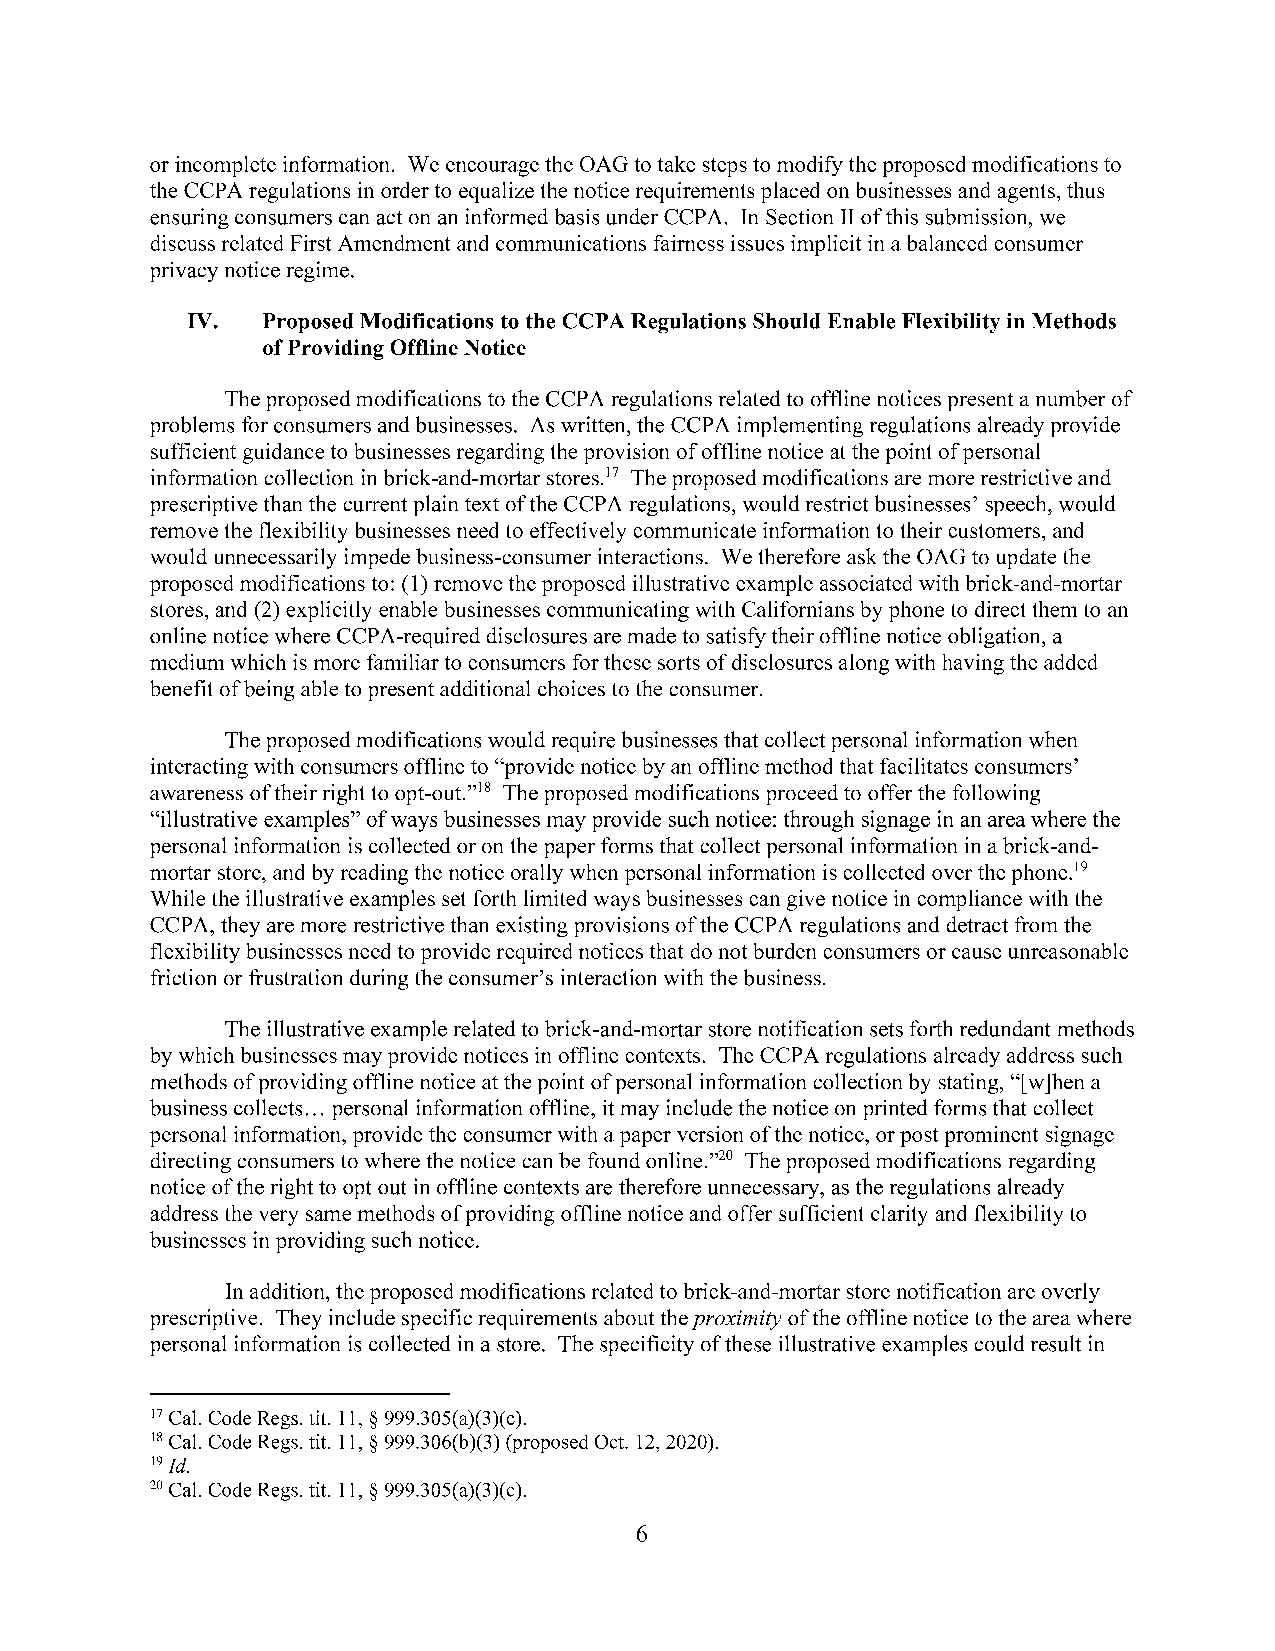
or incomplete information. We encourage the OAG to take steps to modify the proposed modifications to
 the CCPA regulations in order to equalize the notice requirements placed on businesses and agents, thus
 ensuring consumers can act on an informed basis under CCPA . In Section II ofthis submission, we
 discuss related First Amendment and communications fairness issues implicit in a balanced consumer
 privacy notice regime.
 IV.  Proposed Modifications to the CCP A Regulations Should Enable Flexibility in Methods
 of Providing Offline Notice
 The proposed modifications to the CCPA regulations related to offline notices present a number of
 problems for consumers and businesses. As written, the CCPA implementing regulations already provide
 sufficient guidance to businesses regarding the provision of offline notice at the point ofpersonal
 information collection in brick-and-mortar stores.17 The proposed modifications are more restrictive and
 prescriptive than the current plain text ofthe CCPA regulations, would restrict businesses' speech, would
 remove the flexibility businesses need to effectively communicate information to their customers, and
 would unnecessarily impede business-consumer interactions. We therefore ask the OAG to update the
 proposed modifications to: (1) remove the proposed illustrative example associated with brick-and-mortar
 stores, and (2) explicitly enable businesses communicating with Californians by phone to direct them to an
 online notice where CCPA-required disclosures are made to satisfy their offline notice obligation, a
 medium which is more familiar to consumers for these sorts of disclosures along with having the added
 benefit ofbeing able to present additional choices to the consumer.
 The proposed modifications would require businesses that collect personal information when
 interacting with consumers offline to "provide notice by an offline method that facilitates consumers'
 awareness oftheir right to opt-out."18 The proposed modifications proceed to offer the following
 "illustrative examples" ofways businesses may provide such notice: through signage in an area where the
 personal information is collected or on the paper forms that collect personal information in a brick-and­
 mortar store, and by reading the notice orally when personal information is collected over the phone.19
 While the illustrative examples set forth limited ways businesses can give notice in compliance with the
 CCPA, they are more restrictive than existing provisions ofthe CCPA regulations and detract from the
 flexibility businesses need to provide required notices that do not burden consumers or cause unreasonable
 friction or frustration during the consumer's interaction with the business.
 The illustrative example related to brick-and-mortar store notification sets forth redundant methods
 by which businesses may provide notices in offline contexts. The CCPA regulations already address such
 methods ofproviding offline notice at the point ofpersonal information collection by stating, "[w]hen a
 business collects ... personal information offline, it may include the notice on printed forms that collect
 personal information, provide the consumer with a paper version ofthe notice, or post prominent signage
 directing consumers to where the notice can be found online."20 The proposed modifications regarding
 notice ofthe right to opt out in offline contexts are therefore unnecessary, as the regulations already
 address the very same methods ofproviding offline notice and offer sufficient clarity and flexibility to
 businesses in providing such notice.
 In addition, the proposed modifications related to brick-and-mortar store notification are overly
 prescriptive. They include specific requirements about the proximity ofthe offline notice to the area where
 personal information is collected in a store. The specificity ofthese illustrative examples could result in
 17 Cal. Code Regs. tit. 11, § 999.305(a)(3)(c).
 18 Cal. Code Regs. tit. 11, § 999 .306(b )(3) (proposed Oct. 12, 2020).
 19 Id.
 °
 2 Cal. Code Regs. tit. 11, § 999.305(a)(3)(c).
 6